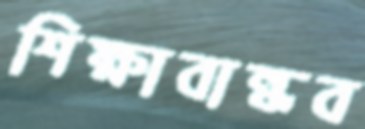
শিক্ষাবান্ধব